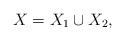
LaTeX: \begin{align*}X=X_1\cup X_2,\end{align*}